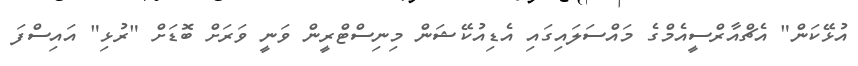
އުޅޭކަން" އެޗްއާރްސީއެމްގެ މައްސަލައިގައި އެޑިއުކޭޝަން މިނިސްޓްރީން ވަނީ ވަރަށް ބޮޑަށް "ރުޅި" އައިސްފަ